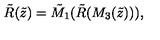
{ \tilde { R } } ( { \tilde { z } } ) = { \tilde { M } } _ { 1 } ( { \tilde { R } } ( M _ { 3 } ( { \tilde { z } } ) ) ) ,